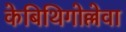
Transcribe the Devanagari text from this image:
केबिथिगोल्लेवा